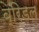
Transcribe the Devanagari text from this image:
ब्रिडल